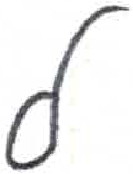
אות: ל